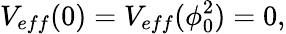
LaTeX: V_{eff}(0)=V_{eff}(\phi_{0}^{2})=0,